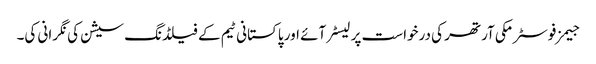
جیمز فوسٹر مکی آرتھر کی درخواست پر لیسٹر آئے اور پاکستانی ٹیم کے فیلڈنگ سیشن کی نگرانی کی۔